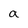
Character: a